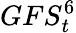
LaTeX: GFS_{t}^{6}